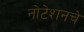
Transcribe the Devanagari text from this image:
नोटेशनचे